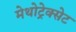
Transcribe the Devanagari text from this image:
मेथोट्रेक्सेट